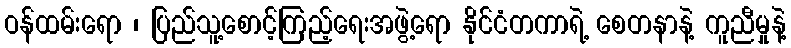
ဝန်ထမ်းရော ၊ ပြည်သူ့စောင့်ကြည့်ရေးအဖွဲ့ရော နိုင်ငံတကာရဲ့ စေတနာနဲ့ ကူညီမှုနဲ့